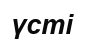
үсті